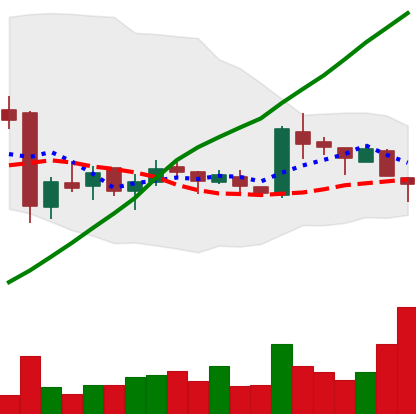
Ticker: LTC-USD
Chart end date: 2016-01-13
Forward return: -12.286%
Label: down_7plus